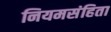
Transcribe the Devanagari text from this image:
नियमसंहिता